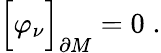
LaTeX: \Bigr[\varphi_{\nu}\Bigr]_{\partial M}=0\; .